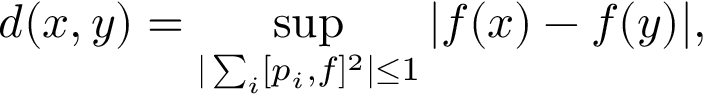
d ( x , y ) = \operatorname * { s u p } _ { | \sum _ { i } [ p _ { i } , f ] ^ { 2 } | \leq 1 } | f ( x ) - f ( y ) | ,